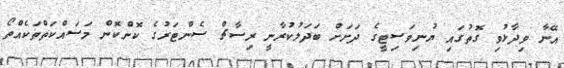
އޭނާ ވިދާޅުވި ގޮތުގައި ޔުނިވަސިޓީގެ ދަށަށް ބަދަލުކުރާނީ ރިސާޗް ސެންޓަރުގެ ކޮންކޮން މަސައްކަތްތަކެއްތޯ